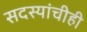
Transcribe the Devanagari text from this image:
सदस्यांचीही